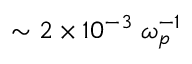
\sim 2 \times 1 0 ^ { - 3 } \; \omega _ { p } ^ { - 1 }